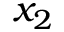
x _ { 2 }